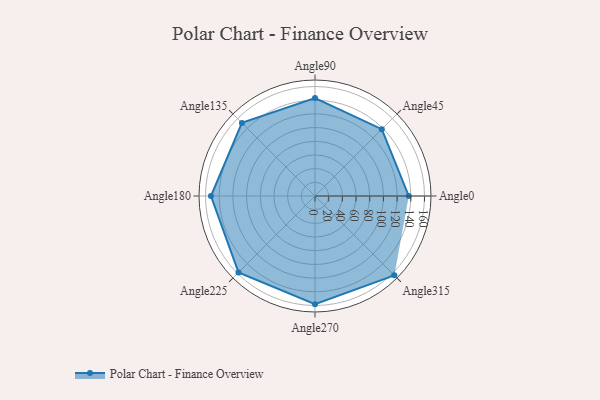
{"axis": {"x": "Angle", "y": "Radius"}, "legend": [""], "data": [{"x": "Angle0", "y": 137.0, "type": ""}, {"x": "Angle45", "y": 138.0, "type": ""}, {"x": "Angle90", "y": 143.0, "type": ""}, {"x": "Angle135", "y": 151.0, "type": ""}, {"x": "Angle180", "y": 152.0, "type": ""}, {"x": "Angle225", "y": 158.0, "type": ""}, {"x": "Angle270", "y": 158.0, "type": ""}, {"x": "Angle315", "y": 164.0, "type": ""}]}